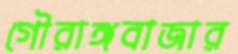
গৌরাঙ্গবাজার